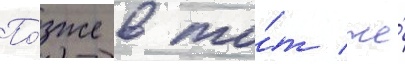
По́зже в то́т же́